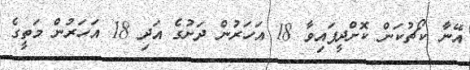
އޭނާ ކޯޗުކަން ކޮށްދީފައިވާ 18 އަހަރުން ދަށުގެ އަދި 18 އަހަރުން މަތީގެ